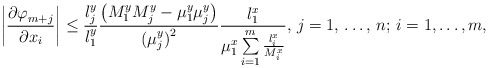
\begin{align*}\left| \frac{{\partial \varphi }_{m+j}}{{\partial x}_{i}} \right|\le \frac{l_{j}^{y}}{l_{1}^{y}}\frac{\left( M_{1}^{y}M_{j}^{y}-\mu_{1}^{y}\mu _{j}^{y} \right)}{{(\mu_{j}^{y})}^{2}}\frac{l_{1}^{x}}{\mu _{1}^{x}\sum\limits_{i=1}^m \frac{l_{i}^{x}}{M_{i}^{x}} },\thinspace j=1,\thinspace \mathellipsis ,\thinspace n;\thinspace i=1,\mathellipsis ,m,\end{align*}